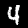
Label: 4